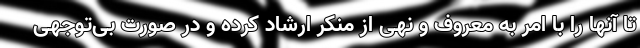
تا آنها را با امر به معروف و نهی از منکر ارشاد کرده و در صورت بی‌توجهی